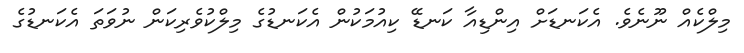
މިލްކެއް ނޫނެވެ. އެކަނޑަށް އިންޑިއާ ކަނޑޭ ކިއުމަކުން އެކަނޑުގެ މިލްކުވެރިކަން ނުވަތަ އެކަނޑުގެ